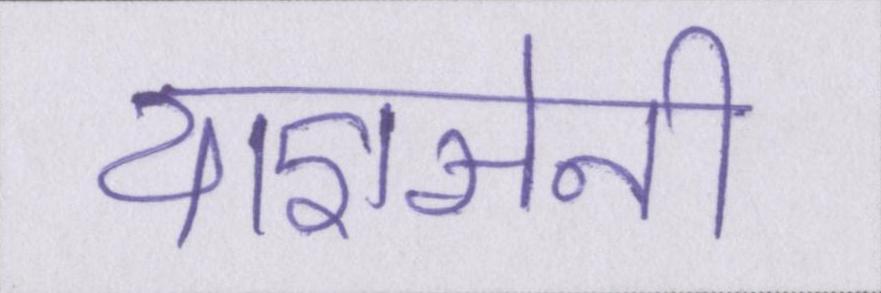
याज्ञसेनी